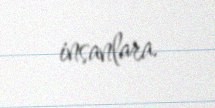
insanlara.